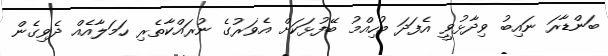
ބަންޑާރަ ނައިބު ވިދާޅުވީ އެފަދަ މުހިއްމު ބޭފުޅަކަށް އެވަރުގެ ނުރައްކާތެރި ހަމަލާއެއް ދެވިގެން